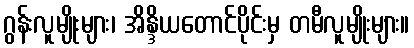
ဂွန်းလူမျိုးများ၊ အိန္ဒိယတောင်ပိုင်းမှ တမီလူမျိုးများ။